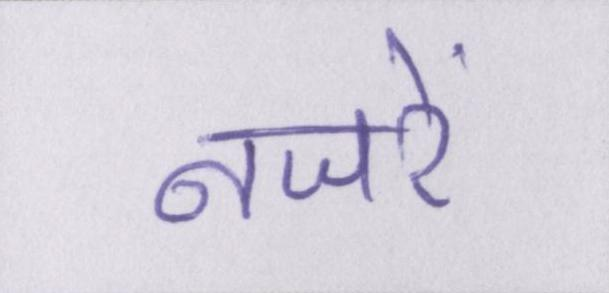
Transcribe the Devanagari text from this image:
नजरें